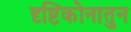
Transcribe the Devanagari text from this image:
दृष्टिकोनातुन